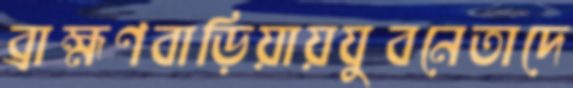
ব্রাহ্মণবাড়িয়ায়যুবনেতাদে